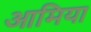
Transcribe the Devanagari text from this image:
आमिया